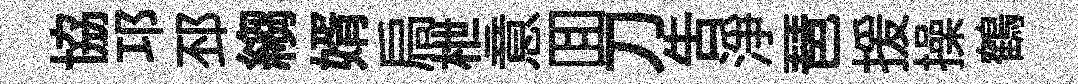
協邛邳縐婿扃枻意囬刀告浄琶援操鶴